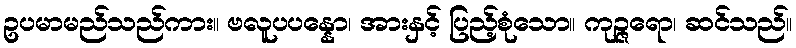
ဥပမာမည်သည်ကား။ ဗလူပပန္နော၊ အားနှင့် ပြည့်စုံသော။ ကုဉ္ဇရော၊ ဆင်သည်။